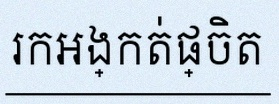
រកអង្កត់ផ្ចិត